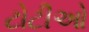
ટોટીઓ